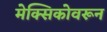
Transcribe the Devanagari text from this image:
मेक्सिकोवरून